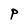
Character: P